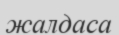
жалдаса